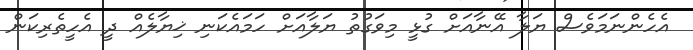
އެހެންނަމަވެސް ޔަލާ އޭނާއަށް ގުޅީ މިވަގުތު ޔަލާއަށް ހަމައެކަނި ޚިޔާލެއް ދީ އެހީތެރިކަން